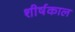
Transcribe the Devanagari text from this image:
शीर्षकाल